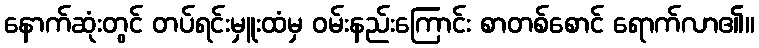
နောက်ဆုံးတွင် တပ်ရင်းမှူးထံမှ ဝမ်းနည်းကြောင်း စာတစ်စောင် ရောက်လာ၏။